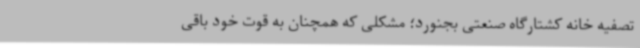
تصفیه خانه کشتارگاه صنعتی بجنورد؛ مشکلی که همچنان به قوت خود باقی